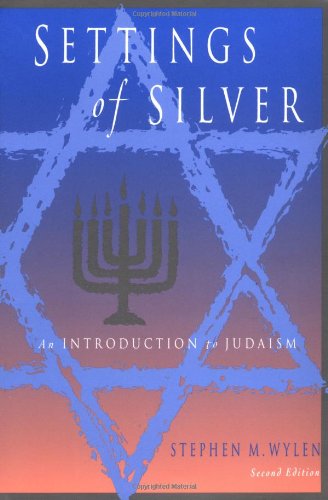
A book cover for Settings of Silver: An Introduction to Judaism; Stephen M. Wylen; Religion & Spirituality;